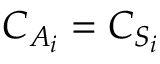
C _ { A _ { i } } = C _ { S _ { i } }